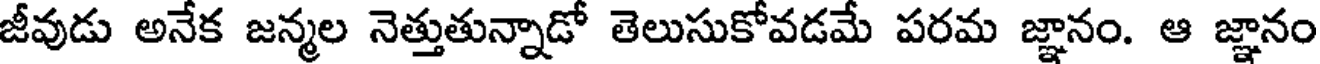
జీవుడు అనేక జన్మల నెత్తుతున్నాడో తెలుసుకోవడమే పరమ జ్ఞానం. ఆ జ్ఞానం